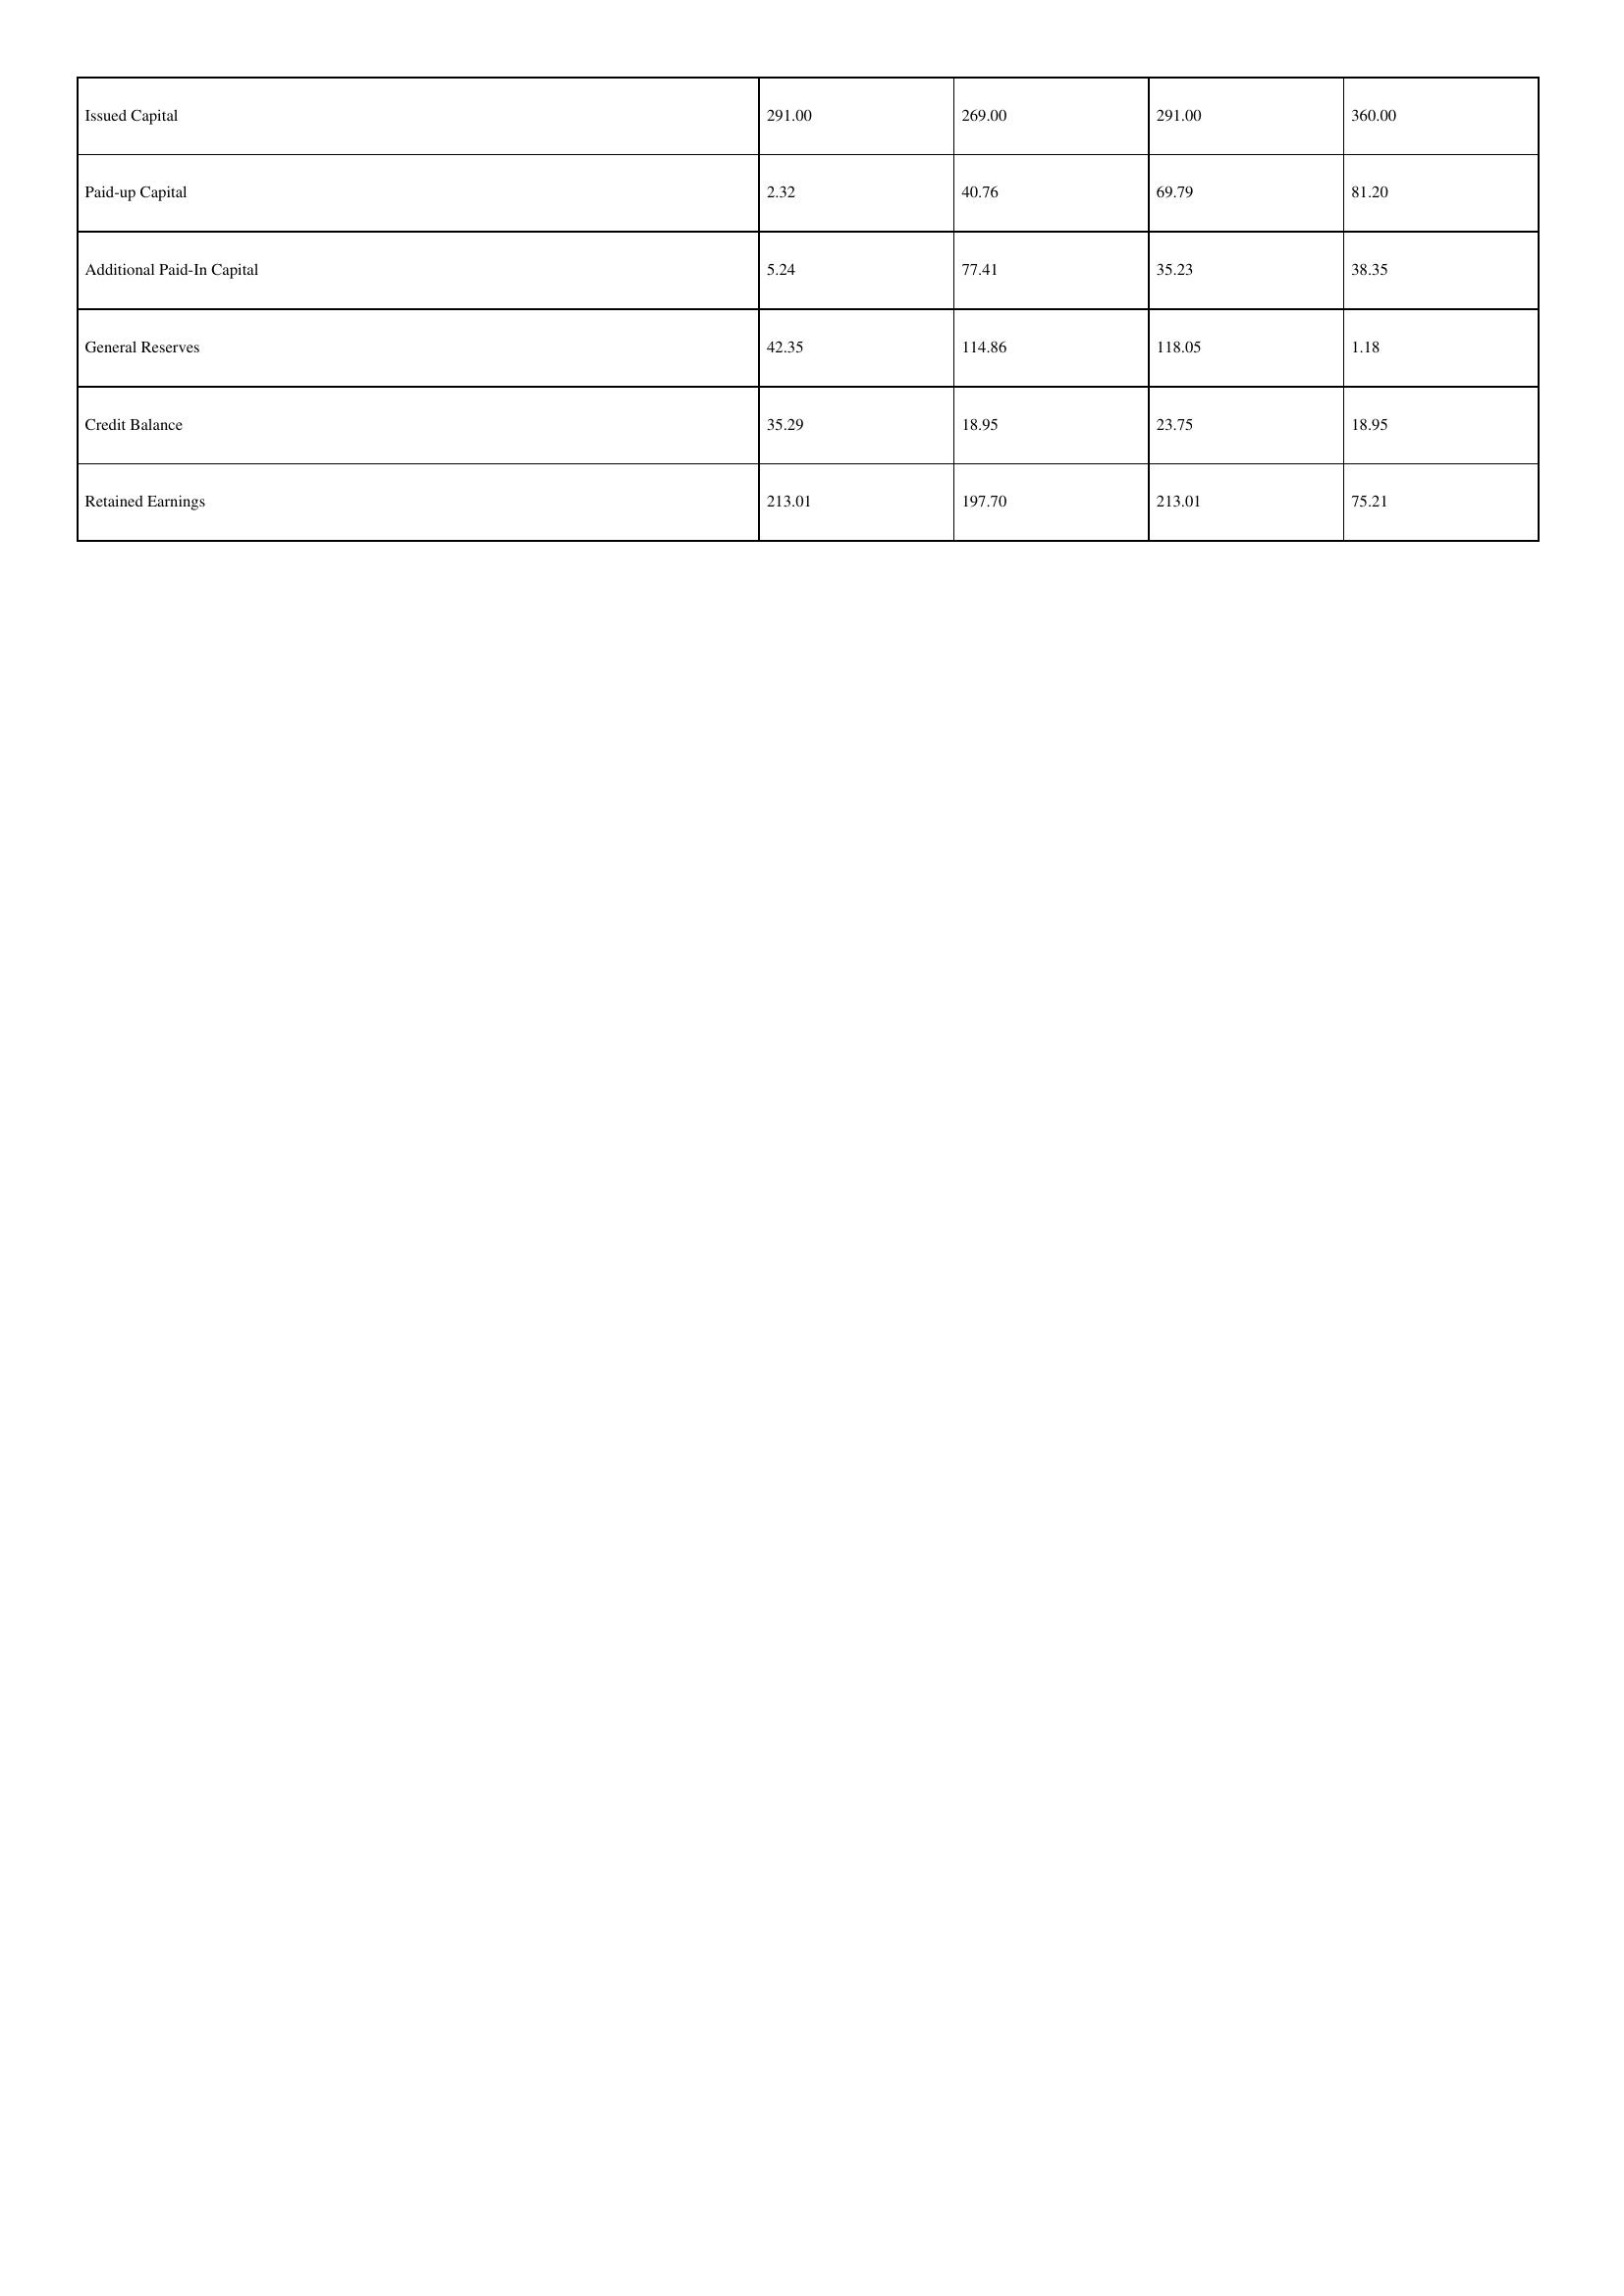
gt_parse: 2000: Issued Capital: 291.00
Paid-up Capital: 2.32
Additional Paid-In Capital: 5.24
General Reserves: 42.35
Credit Balance: 35.29
Retained Earnings: 213.01
1999: Issued Capital: 269.00
Paid-up Capital: 40.76
Additional Paid-In Capital: 77.41
General Reserves: 114.86
Credit Balance: 18.95
Retained Earnings: 197.70
1998: Issued Capital: 291.00
Paid-up Capital: 69.79
Additional Paid-In Capital: 35.23
General Reserves: 118.05
Credit Balance: 23.75
Retained Earnings: 213.01
1997: Issued Capital: 360.00
Paid-up Capital: 81.20
Additional Paid-In Capital: 38.35
General Reserves: 1.18
Credit Balance: 18.95
Retained Earnings: 75.21